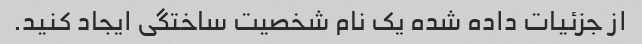
از جزئیات داده شده یک نام شخصیت ساختگی ایجاد کنید.